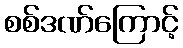
စစ်ဒဏ်ကြောင့်